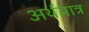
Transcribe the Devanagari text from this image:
अर्थमात्र